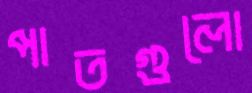
পাতগুলো